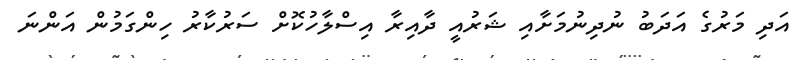
އަދި މަރުގެ އަދަބު ނުދިނުމަށާއި ޝަރުއީ ދާއިރާ އިސްލާހުކޮށް ސަރުކާރު ހިންގަމުން އަންނަ